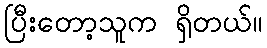
ပြီးတော့သူက ရှိတယ်။